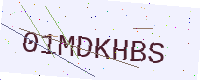
Text: 01MDKHBS